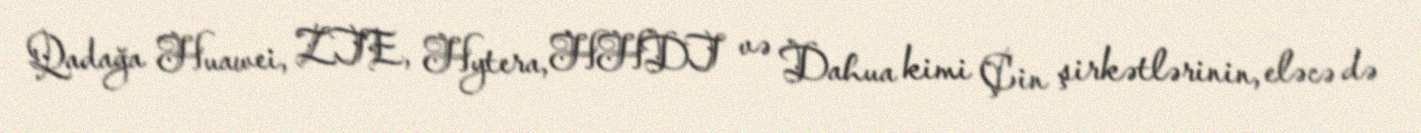
Qadağa Huawei, ZTE, Hytera, HHDT və Dahua kimi Çin şirkətlərinin, eləcə də